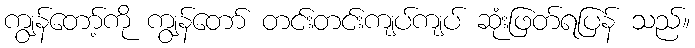
ကျွန်တော့်ကို ကျွန်တော် တင်းတင်းကျပ်ကျပ် ဆုံးဖြတ်ရပြန် သည်။